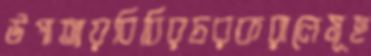
উপাত্যয়বিবিরচরকরালেমূহ